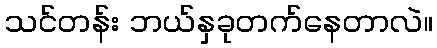
သင်တန်း ဘယ်နှခုတက်နေတာလဲ။